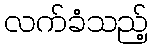
လက်ခံသည့်